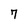
Character: 7